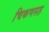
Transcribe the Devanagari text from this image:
चिकणसह